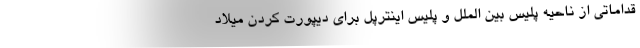
قداماتی از ناحیه پلیس بین الملل و پلیس اینترپل برای دیپورت کردن میلاد